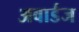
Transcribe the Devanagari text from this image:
अवार्डज